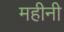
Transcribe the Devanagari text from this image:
महीनी